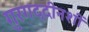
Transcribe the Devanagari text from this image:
गुरगद्दीनशीं